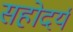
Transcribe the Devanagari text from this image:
सहोदर्य